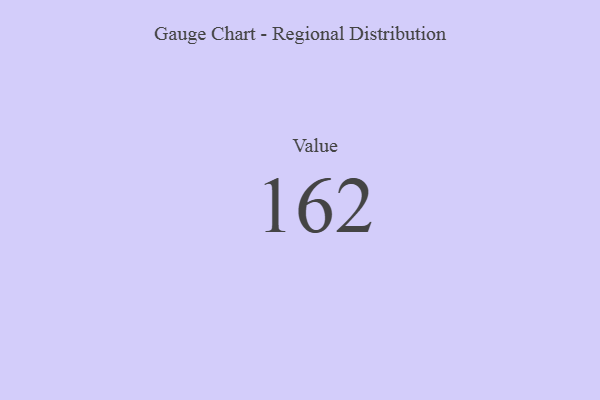
{"axis": {"x": "Metric", "y": "Value"}, "legend": [""], "data": [{"x": "Value", "y": 162, "type": ""}]}